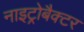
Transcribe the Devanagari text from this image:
नाइट्रोबैक्टर